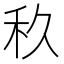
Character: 𱵼